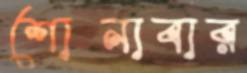
শোনাবার